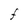
Character: F